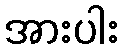
အားပါး